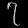
Digit: ၇